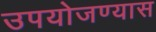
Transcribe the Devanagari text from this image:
उपयोजण्यास